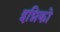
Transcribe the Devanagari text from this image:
इग्निको